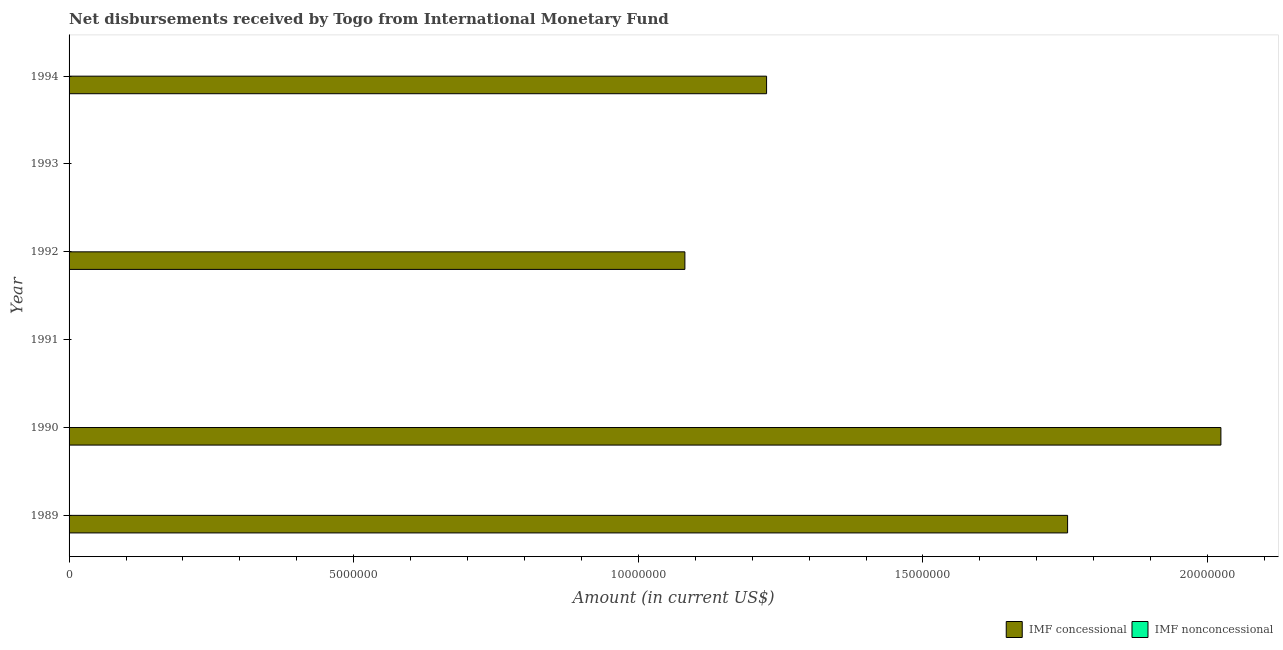
| Year | IMF concessional | IMF nonconcessional |
 | --- | --- | --- |
 | 1989 | 1.75e+07 | -1.82e+07 |
 | 1990 | 2.02e+07 | -1.52e+07 |
 | 1991 | -7.8e+04 | -7.9e+06 |
 | 1992 | 1.08e+07 | -1.01e+07 |
 | 1993 | -1.07e+06 | -7.23e+06 |
 | 1994 | 1.23e+07 | -3.42e+06 |